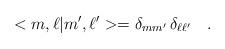
LaTeX: \begin{align*}<m,\ell|m',\ell'>=\delta_{mm'}\,\delta_{\ell\ell'}\ \ \ .\end{align*}